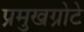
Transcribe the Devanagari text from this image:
प्रमुखग्रोटे